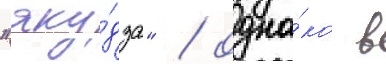
"яку́дза" / одна́ко в